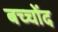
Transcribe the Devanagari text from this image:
बच्चोंद